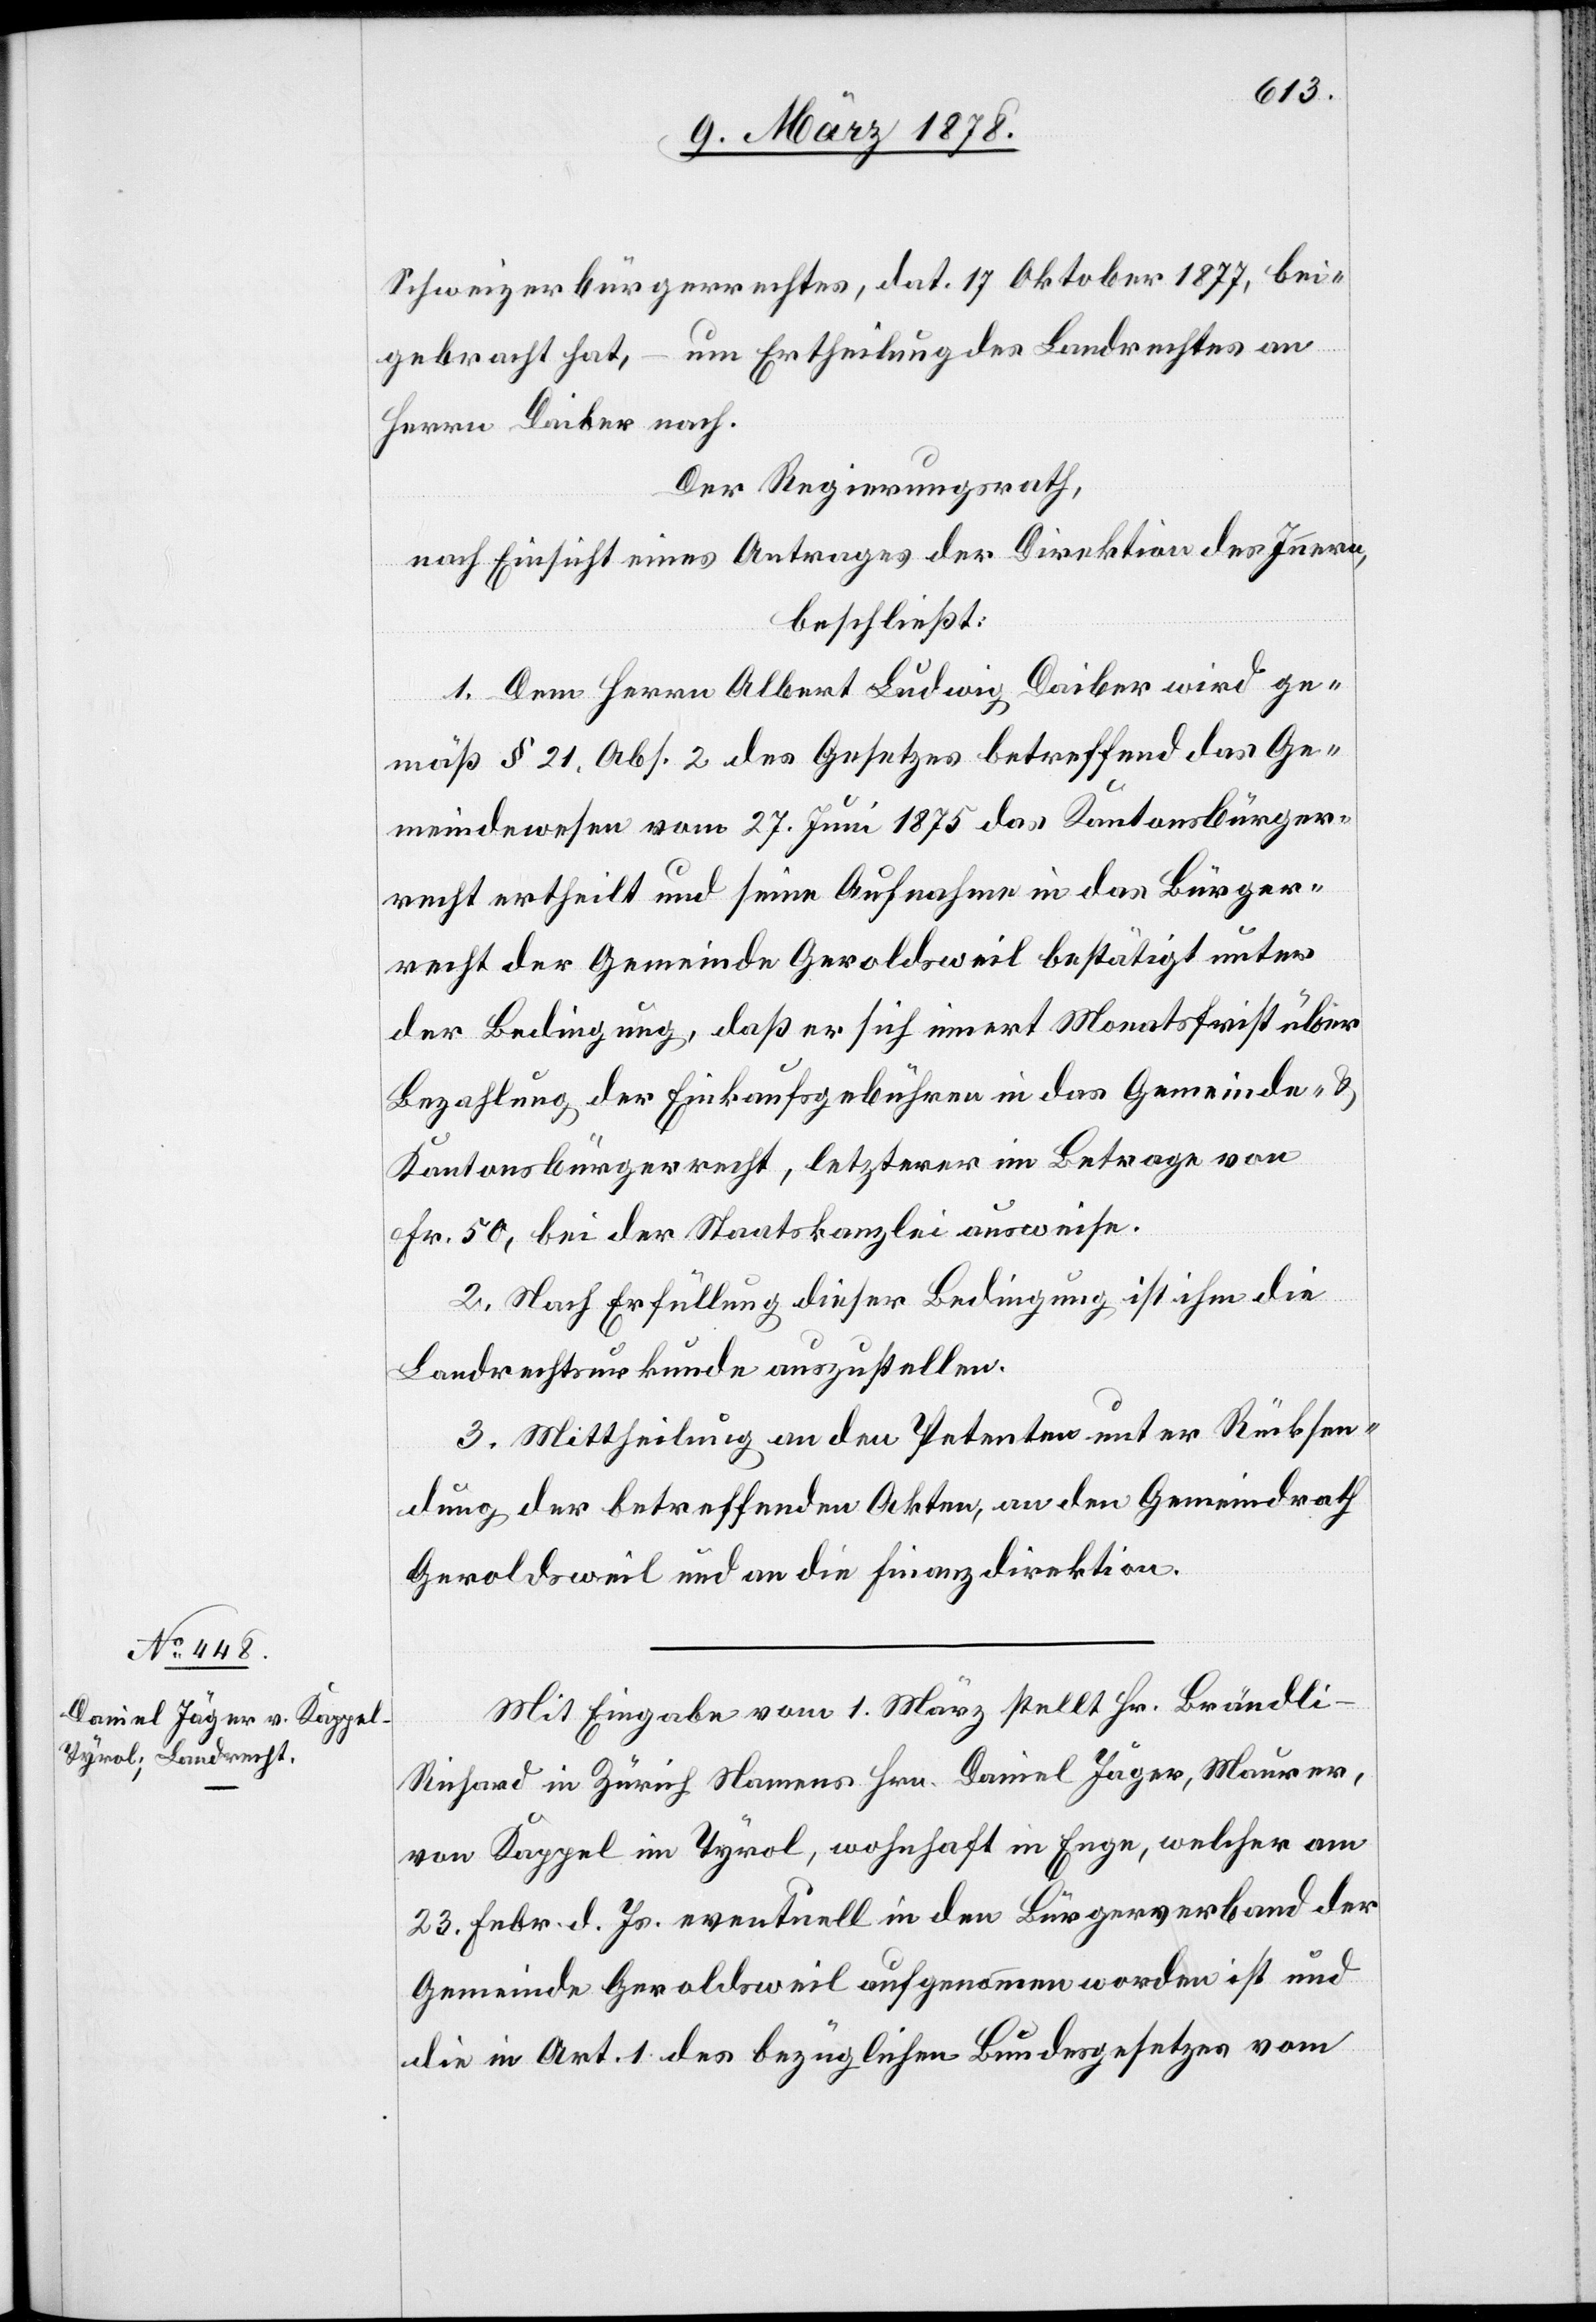
Schweizerbürgerrechtes, dat. 17. Oktober 1877, bei¬
gebracht hat, – um Ertheilung des Landrechtes an
Herrn Daiber nach.
Der Regierungsrath,
nach Einsicht eines Antrages der Direktion des Innern,
beschließt:
1. Dem Herrn Albert Ludwig Daiber wird ge¬
mäß § 21, Abs. 2 des Gesetzes betreffend das Ge¬
meindewesen vom 27. Juni 1875 das Kantonsbürger¬
recht ertheilt und seine Aufnahme in das Bürger¬
recht der Gemeinde Geroldsweil bestätigt unter
der Bedingung, daß er sich innert Monatsfrist über
Bezahlung der Einkaufsgebühren in das Gemeinde- &
Kantonsbürgerrecht, letzterer im Betrage von
Fr. 50, bei der Staatskanzlei ausweise.
2. Nach Erfüllung dieser Bedingung ist ihm die
Landrechtsurkunde auszustellen.
3. Mittheilung an den Petenten unter Rücksen¬
dung der betreffenden Akten, an den Gemeindrath
Geroldsweil und an die Finanzdirektion.
Mit Eingabe vom 1. März stellt Hr. Brändli-R¬
ichard in Zürich Namens Hrn. Daniel Jäger, Maurer
von Kappel im Tyrol, wohnhaft in Enge, welcher am
23. Febr. d. Js. eventuell in den Bürgerverband der
Gemeinde Geroldsweil aufgenommen worden ist und
die in Art. 1 des bezüglichen Bundesgesetzes vom